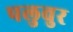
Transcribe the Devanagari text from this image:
पलुवुर